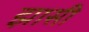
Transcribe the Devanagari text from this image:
झासी